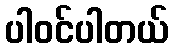
ပါဝင်ပါတယ်